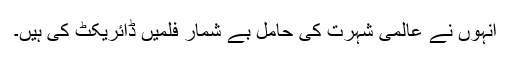
اُنہوں نے عالمی شہرت کی حامل بے شمار فلمیں ڈائریکٹ کی ہیں۔